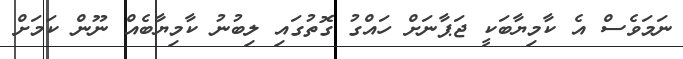
ނަމަވެސް އެ ކާމިޔާބަކީ ޖަޕާނަށް ހައްގު ގޮތުގައި ލިބުނު ކާމިޔާބެއް ނޫން ކަމަށް